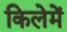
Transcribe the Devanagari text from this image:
किलेमें